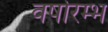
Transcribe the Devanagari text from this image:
वर्षारम्भ